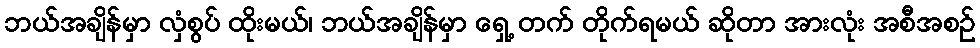
ဘယ်အချိန်မှာ လှံစွပ် ထိုးမယ်၊ ဘယ်အချိန်မှာ ရှေ့ တက် တိုက်ရမယ် ဆိုတာ အားလုံး အစီအစဉ်